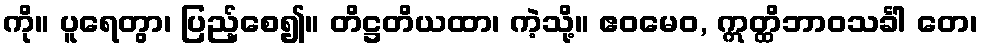
ကို။ ပူရေတွာ၊ ပြည့်စေ၍။ တိဋ္ဌတိယထာ၊ ကဲ့သို့။ ဧဝမေဝ, ဣတ္ထိဘာဝသင်္ခါ တေ၊